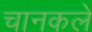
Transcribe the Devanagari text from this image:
चानकले